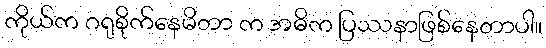
ကိုယ်က ဂရုစိုက်နေမိတာ က အဓိက ပြဿနာဖြစ်နေတာပါ။